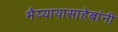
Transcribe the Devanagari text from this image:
भैय्यायासाहेबांनी